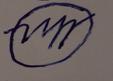
Signature authenticity: forged